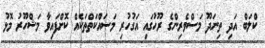
ކްލަބް އަދި ތިނަދޫ މަސްވެރިންގެ ރޫހުގައި އަގުހުރި މަސައްކަތްތަކެއް ކޮށްފައިވާ މަޝްހޫރު މޮޅު